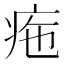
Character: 𤵚